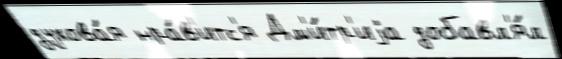
духова́я нра́в'итс'я Дм'и́тр'иjа добавл'я́л